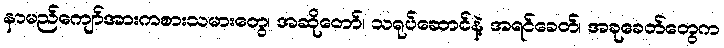
နာမည်ကျော်အားကစားသမားတွေ၊ အဆိုတော်၊ သရုပ်ဆောင်နဲ့ အရင်ခေတ်၊ အခုခေတ်တွေက